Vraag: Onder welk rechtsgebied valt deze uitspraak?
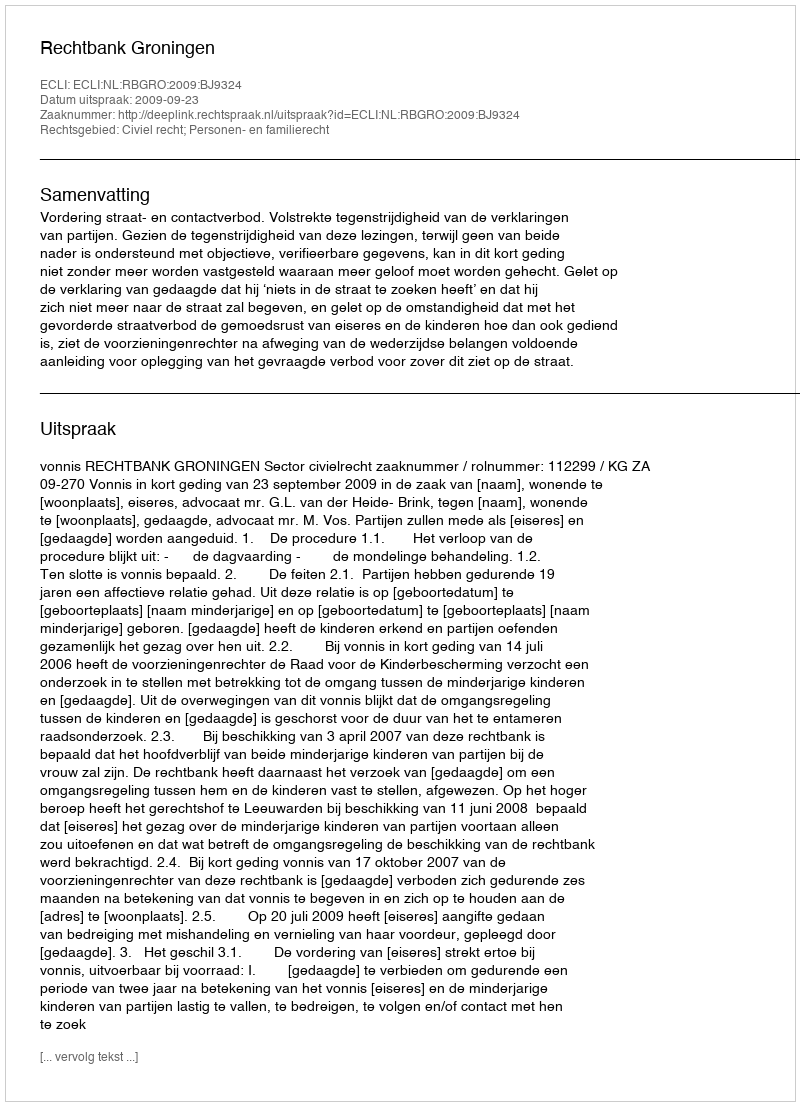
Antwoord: Civiel recht; Personen- en familierecht